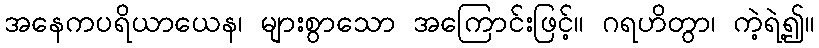
အနေကပရိယာယေန၊ များစွာသော အကြောင်းဖြင့်။ ဂရဟိတွာ၊ ကဲ့ရဲ့၍။